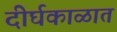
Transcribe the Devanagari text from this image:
दीर्घकाळात